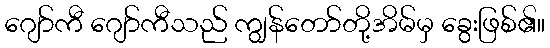
ဂျော်ကီ ဂျော်ကီသည် ကျွန်တော်တို့အိမ်မှ ခွေးဖြစ်၏။